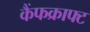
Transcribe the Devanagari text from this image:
कैंफक्राफ्ट